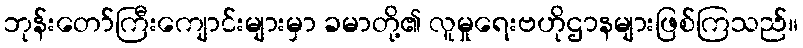
ဘုန်းတော်ကြီးကျောင်းများမှာ ခမာတို့၏ လူမှုရေးဗဟိုဌာနများဖြစ်ကြသည်။